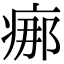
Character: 𤶸